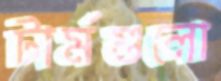
টার্মগুলো